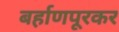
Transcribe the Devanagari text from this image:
बर्हाणपूरकर